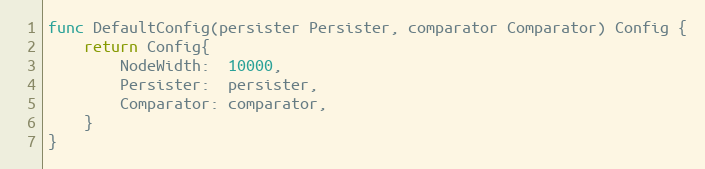
Language: Go
func DefaultConfig(persister Persister, comparator Comparator) Config {
	return Config{
		NodeWidth:  10000,
		Persister:  persister,
		Comparator: comparator,
	}
}